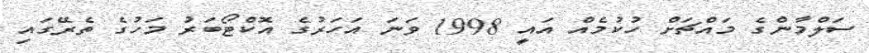
ސަލްމާންގެ މައްޗަށް ހުކުމެއް އައީ 1998 ވަނަ އަހަރުގެ އޮކްޓޯބަރު މަހުގެ ތެރޭގައި